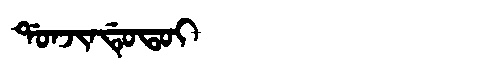
Manchu: ᡩᠣᠨᠵᡳᠨᡩᡠᡨᠣᡳ
Romanization: DONJINDUTOI